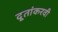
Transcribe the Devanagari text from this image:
दूतांकरवी